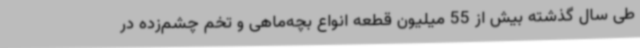
طی سال گذشته بیش از 55 میلیون قطعه انواع بچه‌ماهی و تخم چشم‌زده در